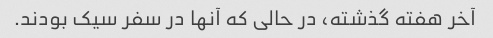
آخر هفته گذشته، در حالی که آنها در سفر سیک بودند.